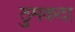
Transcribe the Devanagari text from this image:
ठुमकदा